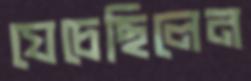
যেচেছিলেন